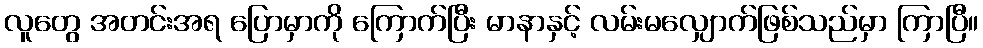
လူတွေ အတင်းအရ ပြောမှာကို ကြောက်ပြီး မာနာနှင့် လမ်းမလျှောက်ဖြစ်သည်မှာ ကြာပြီ။